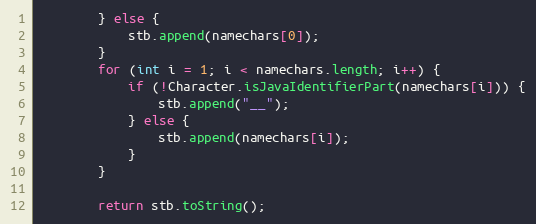
Language: Java
        } else {
            stb.append(namechars[0]);
        }
        for (int i = 1; i < namechars.length; i++) {
            if (!Character.isJavaIdentifierPart(namechars[i])) {
                stb.append("__");
            } else {
                stb.append(namechars[i]);
            }
        }

        return stb.toString();